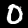
Digit: 0